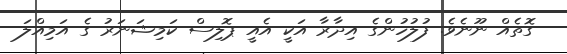
ގޮތެއް ނޫނެވެ. ފުލުހުންގެ އިދާރާ އަކީ އެއީ ޕޮލިސް ކަމިޝަނަރު ގެ އަމިއްލަ